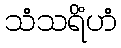
သံသရိံဟံ